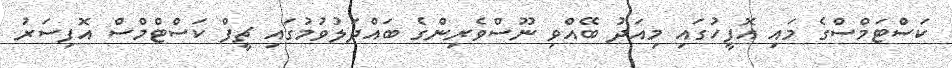
ކަސްޓަމްސްގެ މައި އޮފީހުގައި މިއަދު ބޭއްވި ނޫސްވެރިންގެ ބައްދަލުވުމުގައި ޗީފް ކަސްޓްމްސް އޮފިސަރު